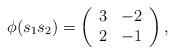
LaTeX: \begin{align*}\phi(s_1s_2) =\left(\begin{array}{rr}3 & -2 \\2 & -1\end{array}\right),\end{align*}